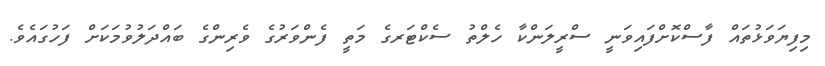
މިފިޔަވަޅުތައް ފާސްކޮށްފައިވަނީ ސްރީލަންކާ ހެލްތު ސެކްޓަރގެ މަތީ ފެންވަރުގެ ވެރިންގެ ބައްދަލުވުމަކަށް ފަހުގައެވެ.